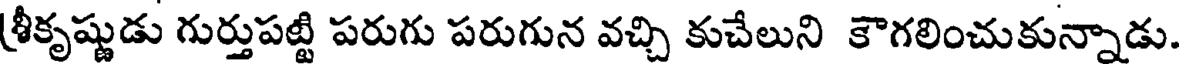
శ్రీకృష్ణుడు గుర్తుపట్టి పరుగు పరుగున వచ్చి కుచేలుని కౌగలించుకున్నాడు.